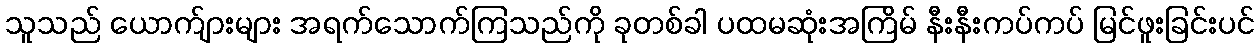
သူသည် ယောက်ျားများ အရက်သောက်ကြသည်ကို ခုတစ်ခါ ပထမဆုံးအကြိမ် နီးနီးကပ်ကပ် မြင်ဖူးခြင်းပင်